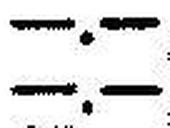
—.—